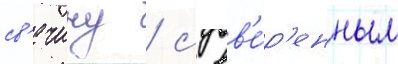
св'ечину / с вв'е́р'енным